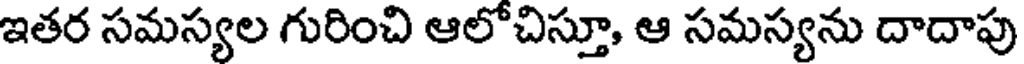
ఇతర సమస్యల గురించి ఆలోచిస్తూ, ఆ సమస్యను దాదాపు